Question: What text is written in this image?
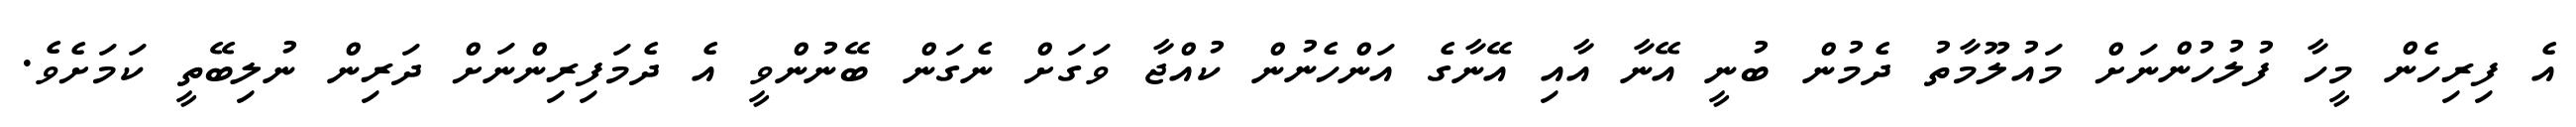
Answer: އެ ފިރިހެން މީހާ ފުލުހުންނަށް މައުލޫމާތު ދެމުން ބުނީ އޭނާ އާއި އޭނާގެ އަންހެނުން ކުއްޖާ ވަގަށް ނެގަން ބޭނުންވީ އެ ދެމަފިރިންނަށް ދަރިން ނުލިބޭތީ ކަމަށެވެ.